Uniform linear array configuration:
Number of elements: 8
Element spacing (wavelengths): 0.5
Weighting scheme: uniform
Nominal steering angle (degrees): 0
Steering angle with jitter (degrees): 1.865
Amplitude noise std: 0.05
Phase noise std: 0.05

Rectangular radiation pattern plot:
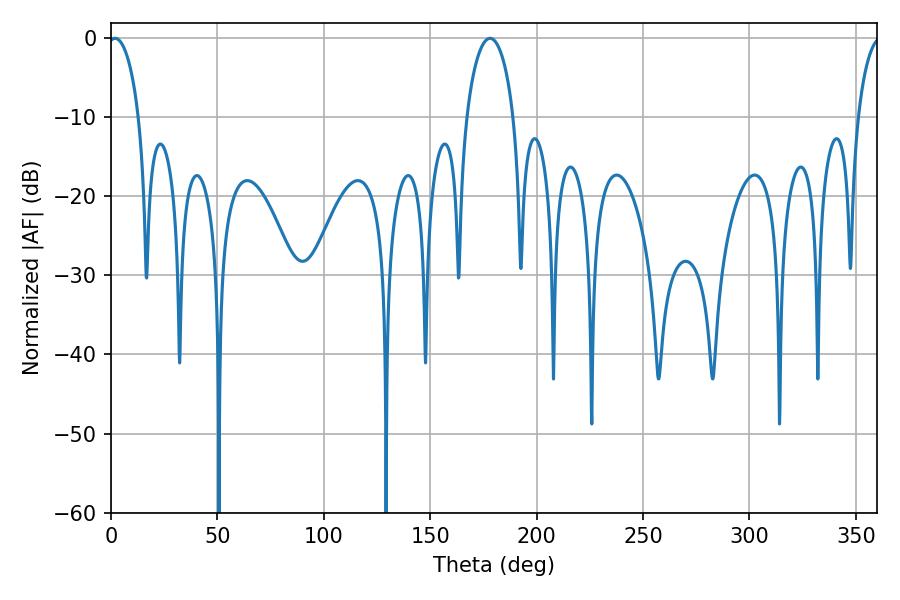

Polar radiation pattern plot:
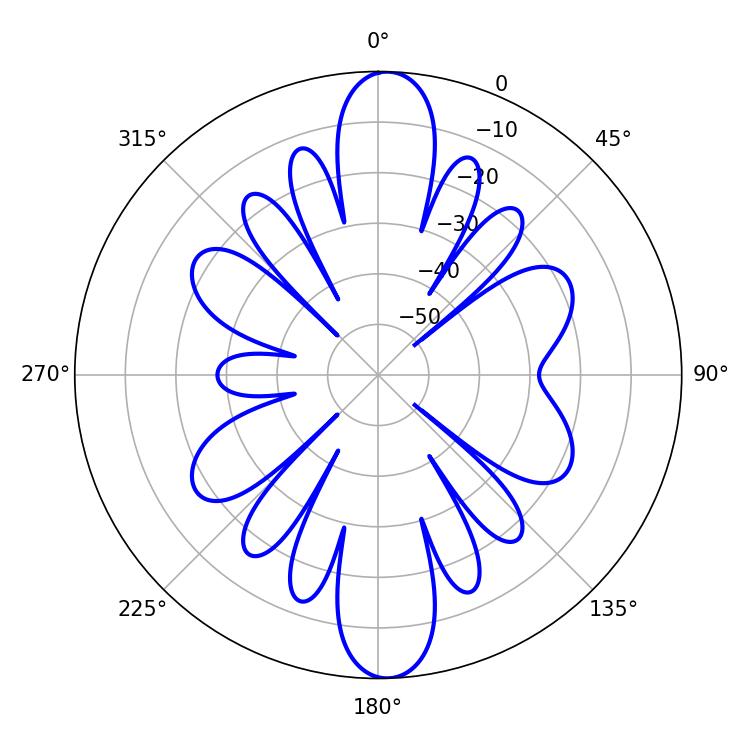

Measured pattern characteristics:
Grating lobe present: FALSE
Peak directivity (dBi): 20.899
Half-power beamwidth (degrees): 12.78
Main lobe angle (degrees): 178.02